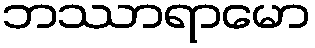
ဘဿာရာမော